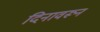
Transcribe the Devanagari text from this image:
दिनावरून